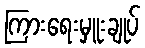
ကြားရေးမှူးချုပ်